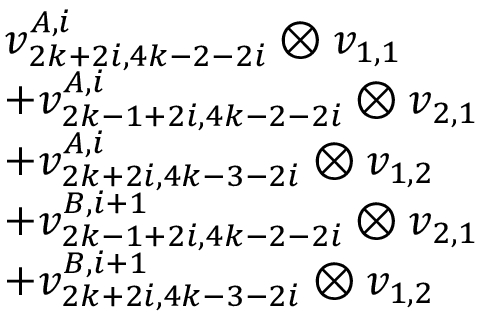
\begin{array} { r l } & { v _ { 2 k + 2 i , 4 k - 2 - 2 i } ^ { A , i } \otimes v _ { 1 , 1 } } \\ & { + v _ { 2 k - 1 + 2 i , 4 k - 2 - 2 i } ^ { A , i } \otimes v _ { 2 , 1 } } \\ & { + v _ { 2 k + 2 i , 4 k - 3 - 2 i } ^ { A , i } \otimes v _ { 1 , 2 } } \\ & { + v _ { 2 k - 1 + 2 i , 4 k - 2 - 2 i } ^ { B , i + 1 } \otimes v _ { 2 , 1 } } \\ & { + v _ { 2 k + 2 i , 4 k - 3 - 2 i } ^ { B , i + 1 } \otimes v _ { 1 , 2 } } \end{array}